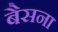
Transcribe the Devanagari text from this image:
बैसना